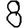
Digit: 8